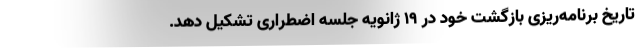
تاریخ برنامه‌ریزی بازگشت خود در ۱۹ ژانویه جلسه اضطراری تشکیل دهد.